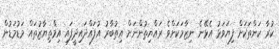
ކުރާ ކަންތަކަށް ފިޔަވަޅު އެޅޭނެ ނިޒާމަކަށްވެ ރައްޔިތުންނަށް އިތުބާރު އުފައްދައިދީފައި އިމްތިޔާޒުތައް މަޑުމަޑުން